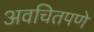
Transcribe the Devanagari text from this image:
अवचितपणे